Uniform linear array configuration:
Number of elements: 64
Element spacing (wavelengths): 0.75
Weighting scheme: uniform
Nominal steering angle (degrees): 45
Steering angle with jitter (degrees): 44.812
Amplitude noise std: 0.05
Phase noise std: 0.05

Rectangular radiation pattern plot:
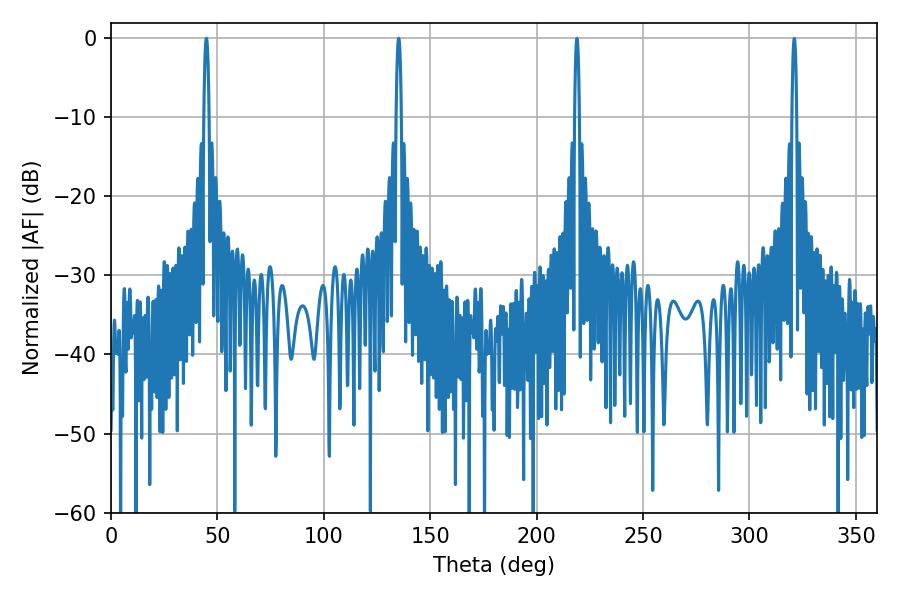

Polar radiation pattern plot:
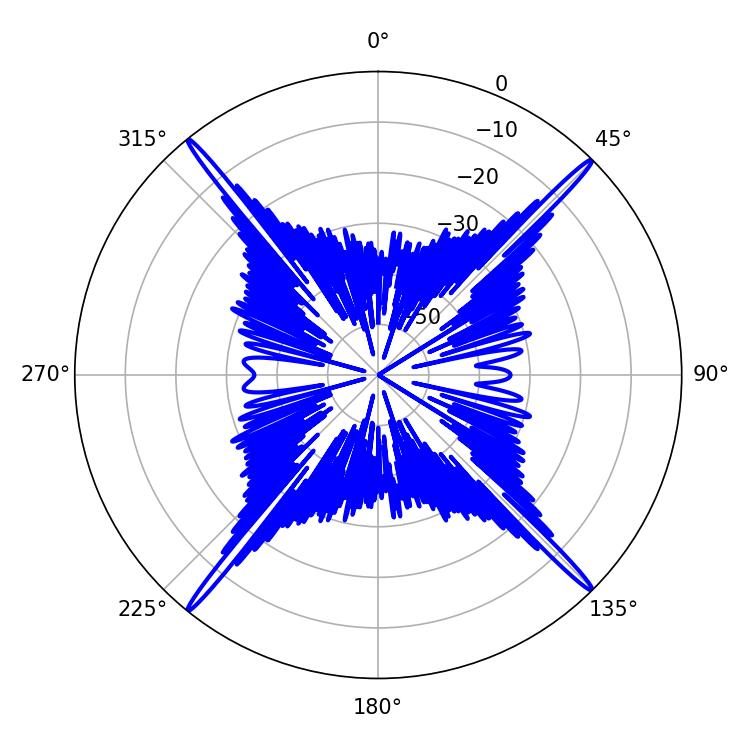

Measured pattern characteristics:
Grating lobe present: TRUE
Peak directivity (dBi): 24.176
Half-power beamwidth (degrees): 1.44
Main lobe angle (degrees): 135.18